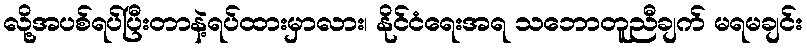
လို့အပစ်ရပ်ပြီးတာနဲ့ရပ်ထားမှာလား၊ နိုင်ငံရေးအရ သဘောတူညီချက် မရမချင်း